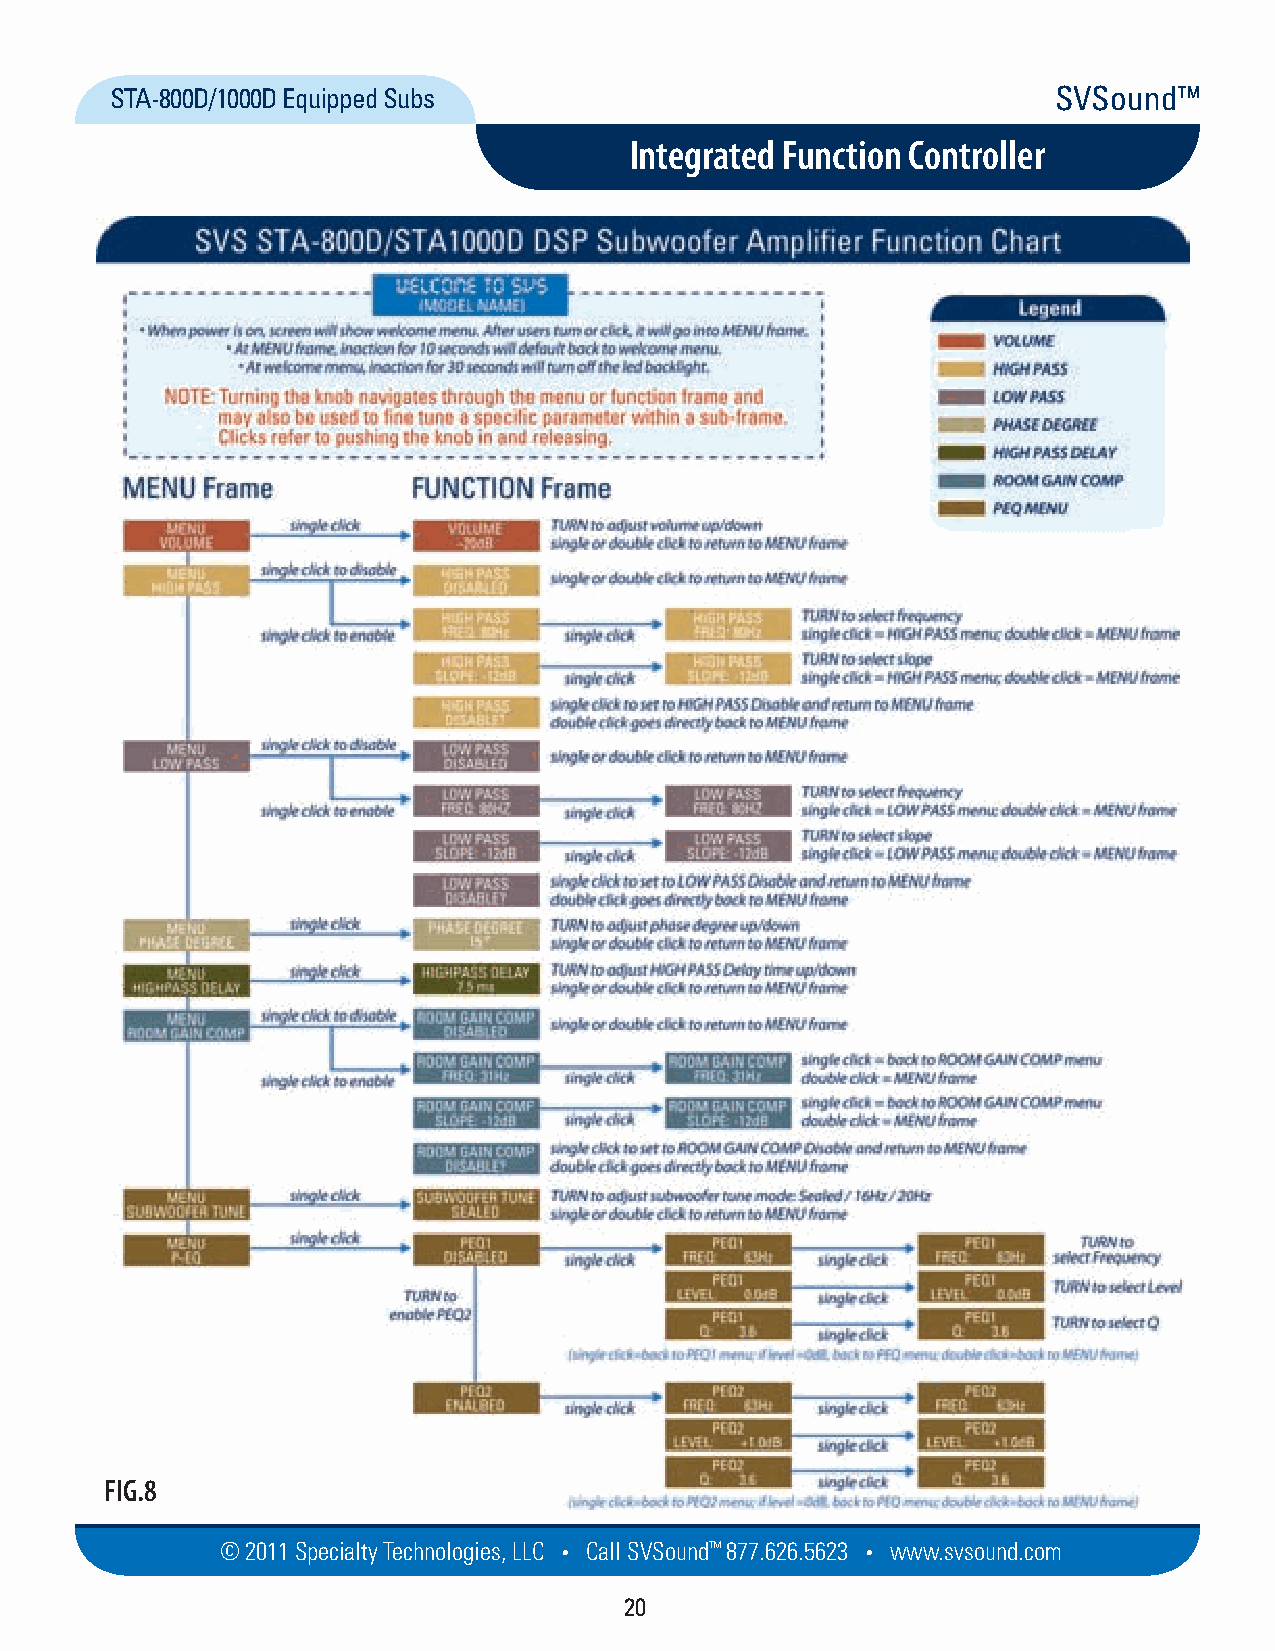
STA-800D/1000D Equipped Subs                                   SVSound™
 Integrated Function Controller
 FIG.8
 © 2011 Specialty Techno logies, LLC • Call SVSound™ 877.626.5623 • www.svs ou nd.com
 20